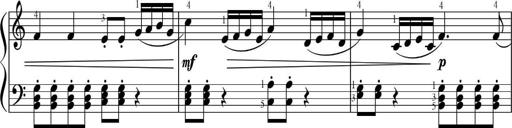
Title: Sonatinas
Composer: Andrew Violette